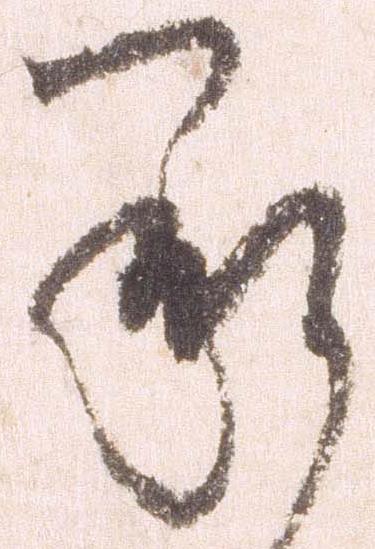
承